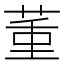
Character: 𦱦